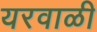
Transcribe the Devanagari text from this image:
यरवाळी